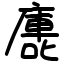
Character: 廤